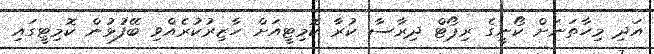
އަދި މިހާތަނަށް ކޯނީގެ ރިޕޯޓް ދިރާސާ ކުރާ ކޮމިޓީއަށް ހާޒިރުކުރެއްވި ބޭފުޅުން ކޮމިޓީގައި